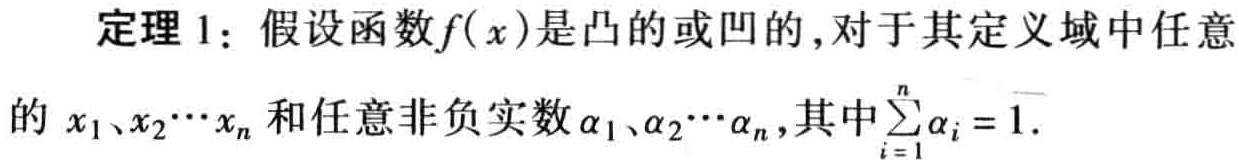
定理 1：假设函数\(f(x)\)是凸的或凹的,对于其定义域中任意的 \(x_1、x_2\cdots x_n\) 和任意非负实数 \(\alpha_1、\alpha_2\cdots \alpha_n\),其中\(\sum_{i = 1}^{n}\alpha_i = 1\).